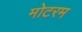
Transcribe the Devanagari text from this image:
मोटरम